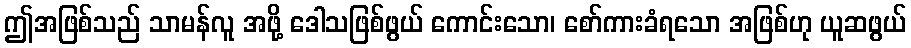
ဤအဖြစ်သည် သာမန်လူ အဖို့ ဒေါသဖြစ်ဖွယ် ကောင်းသော၊ စော်ကားခံရသော အဖြစ်ဟု ယူဆဖွယ်